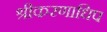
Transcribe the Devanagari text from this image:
श्रीकरणाधिप